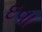
દવા